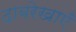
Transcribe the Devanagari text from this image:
दाबरेखाएँ